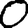
Digit: 0